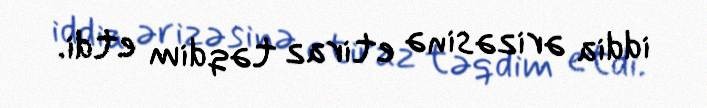
iddia ərizəsinə etiraz təqdim etdi.